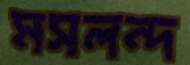
মসলন্দ